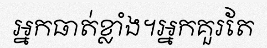
អ្នកធាត់ខ្លាំង។អ្នកគួរតែ